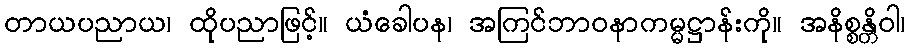
တာယပညာယ၊ ထိုပညာဖြင့်။ ယံခေါပန၊ အကြင်ဘာဝနာကမ္မဋ္ဌာန်းကို။ အနိစ္စန္တိဝါ၊